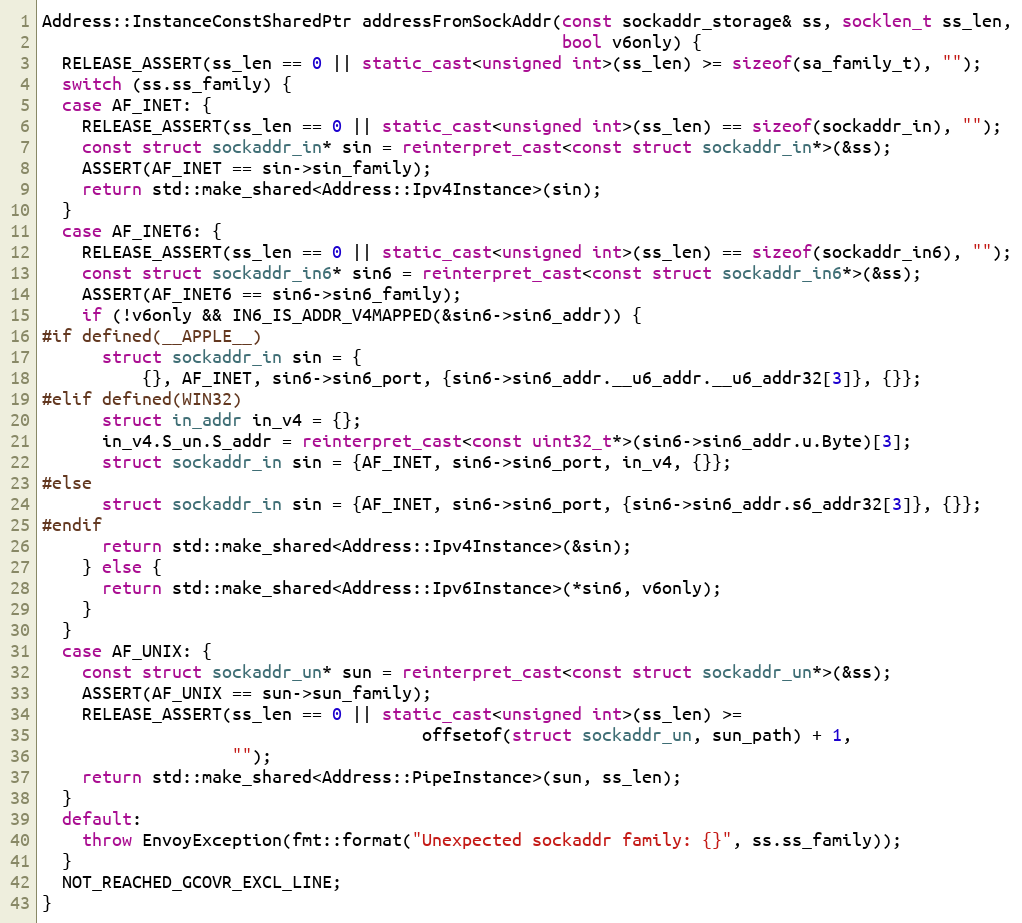
Language: C++
Address::InstanceConstSharedPtr addressFromSockAddr(const sockaddr_storage& ss, socklen_t ss_len,
                                                    bool v6only) {
  RELEASE_ASSERT(ss_len == 0 || static_cast<unsigned int>(ss_len) >= sizeof(sa_family_t), "");
  switch (ss.ss_family) {
  case AF_INET: {
    RELEASE_ASSERT(ss_len == 0 || static_cast<unsigned int>(ss_len) == sizeof(sockaddr_in), "");
    const struct sockaddr_in* sin = reinterpret_cast<const struct sockaddr_in*>(&ss);
    ASSERT(AF_INET == sin->sin_family);
    return std::make_shared<Address::Ipv4Instance>(sin);
  }
  case AF_INET6: {
    RELEASE_ASSERT(ss_len == 0 || static_cast<unsigned int>(ss_len) == sizeof(sockaddr_in6), "");
    const struct sockaddr_in6* sin6 = reinterpret_cast<const struct sockaddr_in6*>(&ss);
    ASSERT(AF_INET6 == sin6->sin6_family);
    if (!v6only && IN6_IS_ADDR_V4MAPPED(&sin6->sin6_addr)) {
#if defined(__APPLE__)
      struct sockaddr_in sin = {
          {}, AF_INET, sin6->sin6_port, {sin6->sin6_addr.__u6_addr.__u6_addr32[3]}, {}};
#elif defined(WIN32)
      struct in_addr in_v4 = {};
      in_v4.S_un.S_addr = reinterpret_cast<const uint32_t*>(sin6->sin6_addr.u.Byte)[3];
      struct sockaddr_in sin = {AF_INET, sin6->sin6_port, in_v4, {}};
#else
      struct sockaddr_in sin = {AF_INET, sin6->sin6_port, {sin6->sin6_addr.s6_addr32[3]}, {}};
#endif
      return std::make_shared<Address::Ipv4Instance>(&sin);
    } else {
      return std::make_shared<Address::Ipv6Instance>(*sin6, v6only);
    }
  }
  case AF_UNIX: {
    const struct sockaddr_un* sun = reinterpret_cast<const struct sockaddr_un*>(&ss);
    ASSERT(AF_UNIX == sun->sun_family);
    RELEASE_ASSERT(ss_len == 0 || static_cast<unsigned int>(ss_len) >=
                                      offsetof(struct sockaddr_un, sun_path) + 1,
                   "");
    return std::make_shared<Address::PipeInstance>(sun, ss_len);
  }
  default:
    throw EnvoyException(fmt::format("Unexpected sockaddr family: {}", ss.ss_family));
  }
  NOT_REACHED_GCOVR_EXCL_LINE;
}